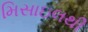
મિસાઇલથી